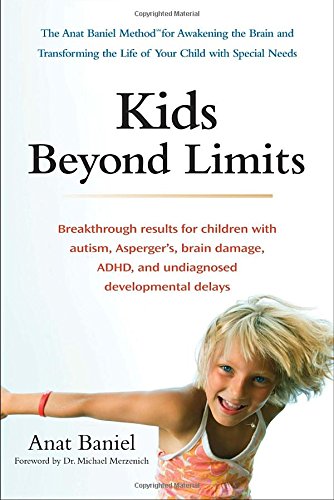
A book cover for Kids Beyond Limits: The Anat Baniel Method for Awakening the Brain and Transforming the Life of Your  Child With Special Needs; Anat Baniel; Parenting & Relationships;